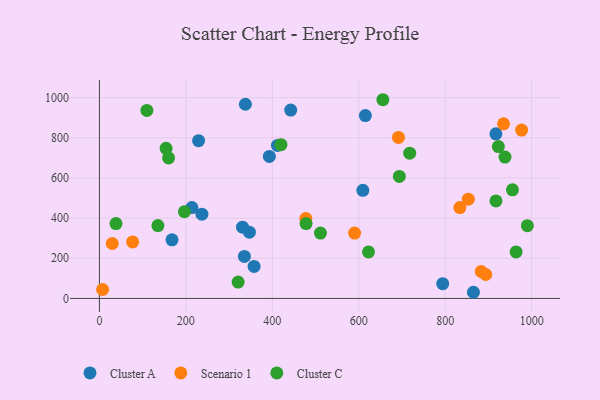
{"axis": {"x": "Study Hours", "y": "Demand"}, "legend": ["Cluster A", "Cluster C", "Scenario 1"], "data": [{"x": "337.7", "y": 966.9, "type": "Cluster A"}, {"x": "237.1", "y": 419.4, "type": "Cluster A"}, {"x": "865.3", "y": 30.7, "type": "Cluster A"}, {"x": "331.0", "y": 354.7, "type": "Cluster A"}, {"x": "794.2", "y": 73.5, "type": "Cluster A"}, {"x": "615.2", "y": 910.4, "type": "Cluster A"}, {"x": "214.0", "y": 452.3, "type": "Cluster A"}, {"x": "229.4", "y": 785.7, "type": "Cluster A"}, {"x": "167.9", "y": 292.0, "type": "Cluster A"}, {"x": "335.4", "y": 209.4, "type": "Cluster A"}, {"x": "917.3", "y": 819.4, "type": "Cluster A"}, {"x": "411.9", "y": 762.1, "type": "Cluster A"}, {"x": "609.4", "y": 538.1, "type": "Cluster A"}, {"x": "442.6", "y": 937.9, "type": "Cluster A"}, {"x": "393.1", "y": 707.3, "type": "Cluster A"}, {"x": "357.8", "y": 159.6, "type": "Cluster A"}, {"x": "347.0", "y": 329.9, "type": "Cluster A"}, {"x": "477.5", "y": 397.7, "type": "Scenario 1"}, {"x": "976.8", "y": 838.3, "type": "Scenario 1"}, {"x": "691.9", "y": 801.7, "type": "Scenario 1"}, {"x": "76.8", "y": 281.4, "type": "Scenario 1"}, {"x": "833.9", "y": 452.5, "type": "Scenario 1"}, {"x": "883.3", "y": 134.2, "type": "Scenario 1"}, {"x": "893.8", "y": 119.2, "type": "Scenario 1"}, {"x": "590.4", "y": 325.6, "type": "Scenario 1"}, {"x": "29.6", "y": 273.6, "type": "Scenario 1"}, {"x": "853.5", "y": 494.2, "type": "Scenario 1"}, {"x": "934.9", "y": 869.5, "type": "Scenario 1"}, {"x": "7.4", "y": 44.5, "type": "Scenario 1"}, {"x": "420.1", "y": 765.7, "type": "Cluster C"}, {"x": "622.6", "y": 231.4, "type": "Cluster C"}, {"x": "154.2", "y": 747.3, "type": "Cluster C"}, {"x": "693.9", "y": 607.7, "type": "Cluster C"}, {"x": "109.8", "y": 936.0, "type": "Cluster C"}, {"x": "955.6", "y": 541.0, "type": "Cluster C"}, {"x": "478.1", "y": 372.9, "type": "Cluster C"}, {"x": "135.3", "y": 362.6, "type": "Cluster C"}, {"x": "160.0", "y": 699.5, "type": "Cluster C"}, {"x": "923.0", "y": 756.2, "type": "Cluster C"}, {"x": "990.1", "y": 362.5, "type": "Cluster C"}, {"x": "511.3", "y": 325.7, "type": "Cluster C"}, {"x": "717.9", "y": 723.3, "type": "Cluster C"}, {"x": "655.8", "y": 989.4, "type": "Cluster C"}, {"x": "320.9", "y": 81.3, "type": "Cluster C"}, {"x": "917.4", "y": 485.3, "type": "Cluster C"}, {"x": "196.7", "y": 432.1, "type": "Cluster C"}, {"x": "964.0", "y": 231.7, "type": "Cluster C"}, {"x": "38.3", "y": 372.9, "type": "Cluster C"}, {"x": "938.3", "y": 703.7, "type": "Cluster C"}]}